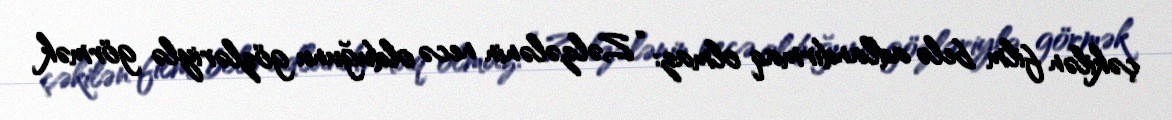
çəkilən film belə adlandırmaq olmaz: “Zəlzələnin necə olduğunu gözləriylə görmək